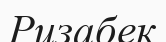
Ризабек